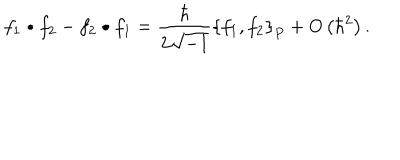
LaTeX: f _ { 1 } \bullet f _ { 2 } - f _ { 2 } \bullet f _ { 1 } = \frac { \hbar } { 2 \sqrt { - 1 } } \left\{ f _ { 1 } , f _ { 2 } \right\} _ { P } + O \left( \hbar ^ { 2 } \right) .